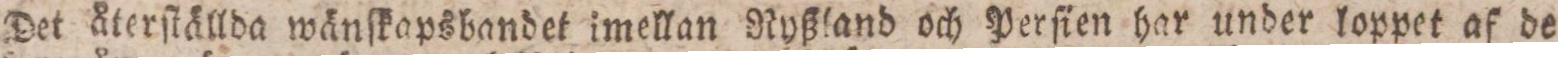
Det återſtällda wänſkapsbandet imellan Ryßland och Perſien har under loppet af de